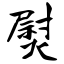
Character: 熨